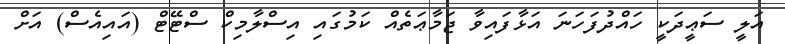
އަލީ ސަޢީދަކީ ހައްދުފަހަނަ އަޅާފައިވާ ޖަމާޢަތެއް ކަމުގައި އިސްލާމިކް ސްޓޭޓް (އައިއެސް) އަށް